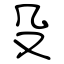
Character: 殳